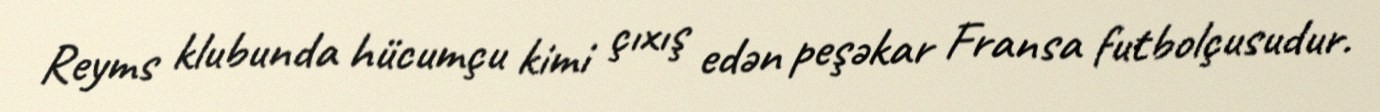
Reyms klubunda hücumçu kimi çıxış edən peşəkar Fransa futbolçusudur.